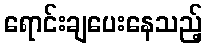
ရောင်းချပေးနေသည့်